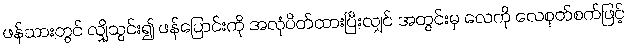
ဖန်သားတွင် လျှိုသွင်း၍ ဖန်ပြောင်းကို အလုံပိတ်ထားပြီးလျှင် အတွင်းမှ လေကို လေစုတ်စက်ဖြင့်